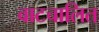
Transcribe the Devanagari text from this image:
वाटचालित